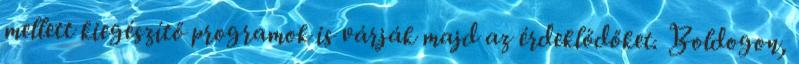
mellett kiegészítő programok is várják majd az érdeklődőket. Boldogon,